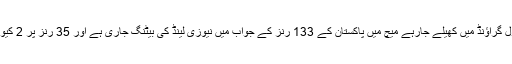
کرائسٹ چرچ کے ہیگلے اوول گراؤنڈ میں کھیلے جارہے میچ میں پاکستان کے 133 رنز کے جواب میں نیوزی لینڈ کی بیٹنگ جاری ہے اور 35 رنز پر 2 کیوی بلے باز آؤٹ ہو چکے ہیں۔